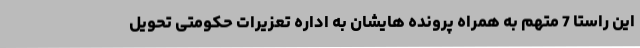
این راستا 7 متهم به همراه پرونده هایشان به اداره تعزیرات حکومتی تحویل